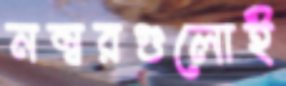
নম্বরগুলোই